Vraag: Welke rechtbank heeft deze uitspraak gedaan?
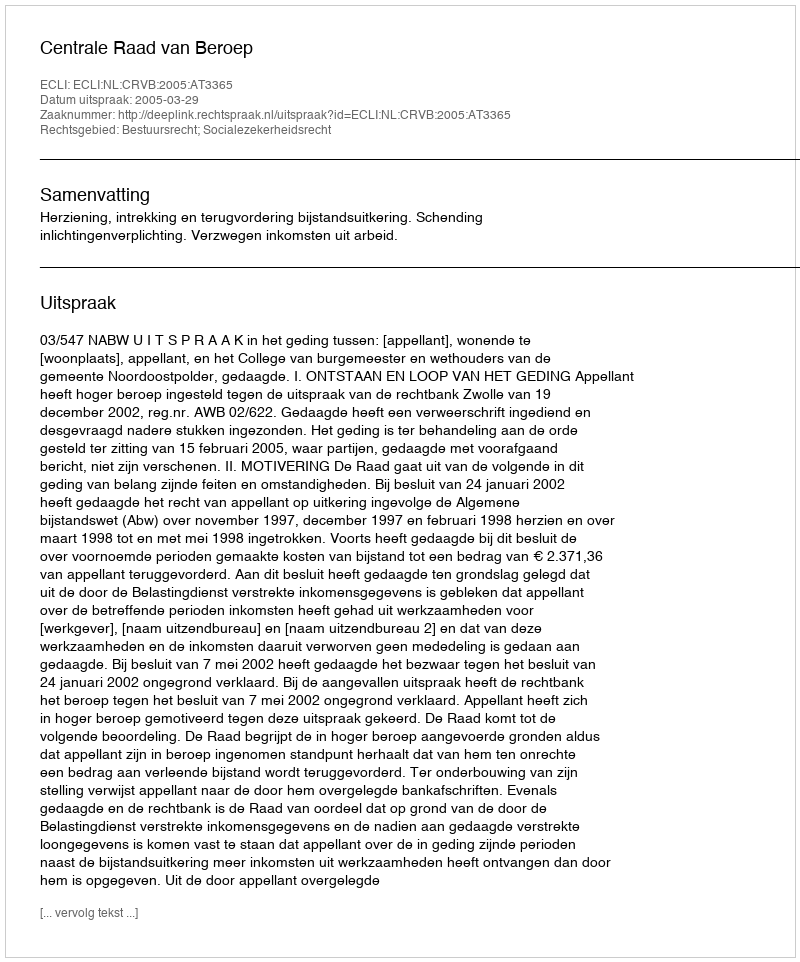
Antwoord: Centrale Raad van Beroep